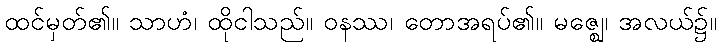
ထင်မှတ်၏။ သာဟံ၊ ထိုငါသည်။ ဝနဿ၊ တောအရပ်၏။ မဇ္ဈေ၊ အလယ်၌။